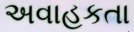
અવાહકતા